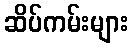
ဆိပ်ကမ်းများ